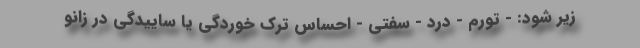
زیر شود: - تورم - درد - سفتی - احساس ترک خوردگی یا ساییدگی در زانو